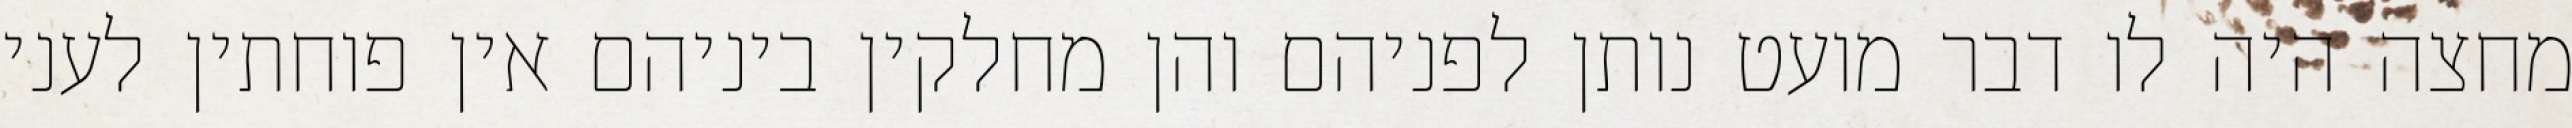
מחצה היה לו דבר מועט נותן לפניהם והן מחלקין ביניהם אין פוחתין לעני